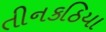
તીનકઠિયા